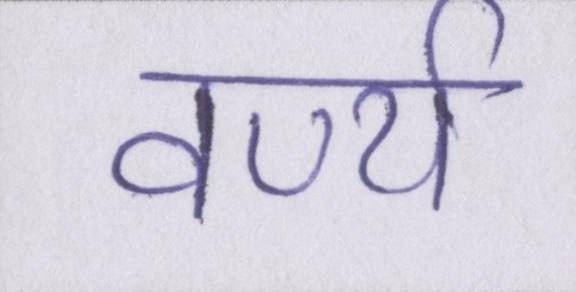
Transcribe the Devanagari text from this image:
वर्ण्य